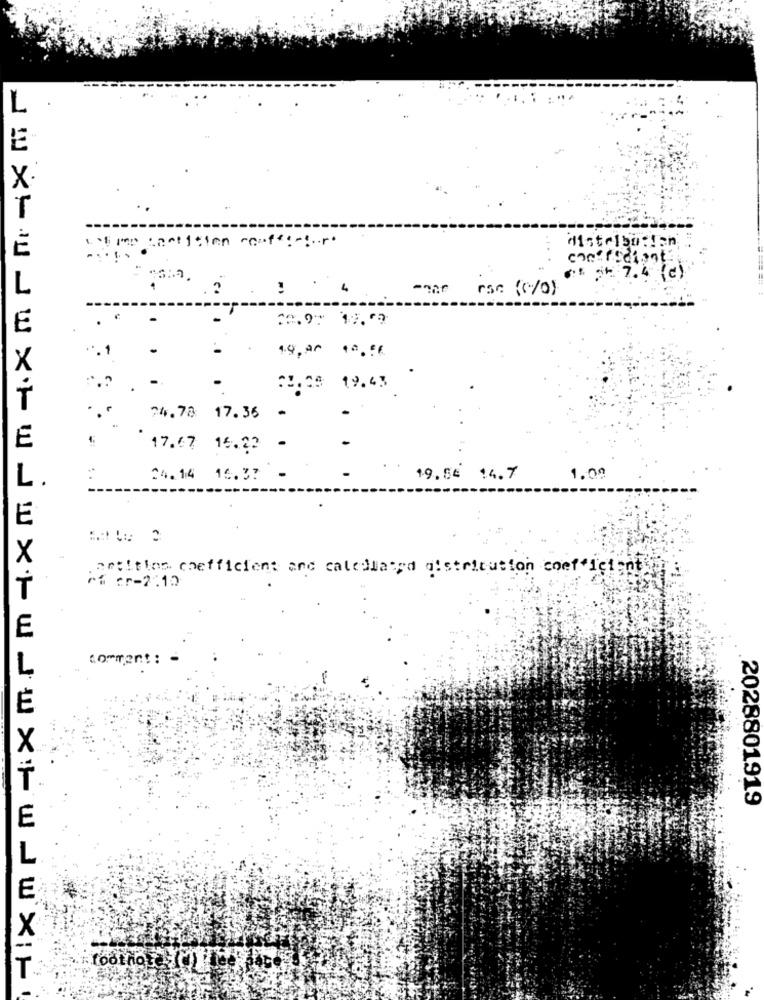
emp cantitlen raff :- tr+
E
7.4 (c )
L
rsc (0/0)
22.97 17.09
E
1.4. 20
19.43
T
74.78 17.36
17.67 16.22
L.
24.14 15.37
19.5€ 14.7
1.08
É
X
antitles coefficient and catellaand distribution coefficient
7% cr-2:12
T
E
2028801919
E
X